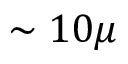
\sim 1 0 \mu